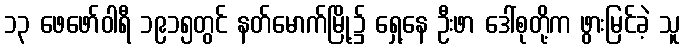
၁၃ ဖေဖော်ဝါရီ ၁၉၁၅တွင် နတ်မောက်မြို့၌ ရှေ့နေ ဦးဖာ ဒေါ်စုတို့က ဖွားမြင်ခဲ့ သူ